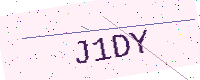
Text: J1DY